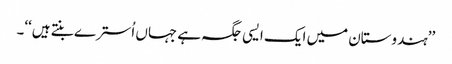
’’ہندوستان میں ایک ایسی جگہ ہے جہاں اُسترے بنتے ہیں‘‘۔